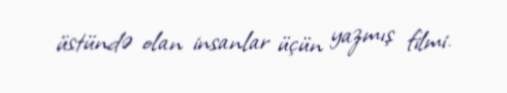
üstündə olan insanlar üçün yazmış filmi.